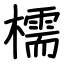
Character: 檽